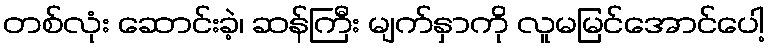
တစ်လုံး ဆောင်းခဲ့၊ ဆန်ကြီး မျက်နှာကို လူမမြင်အောင်ပေါ့